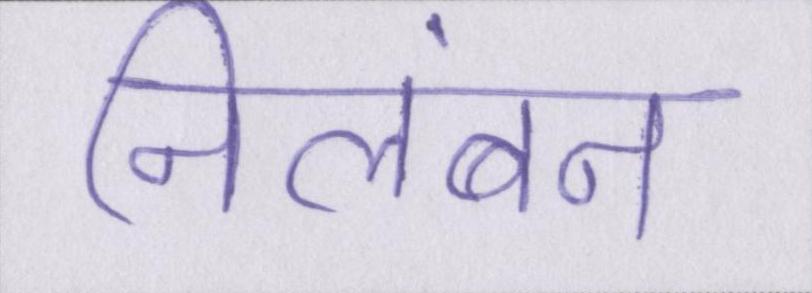
निलंबन